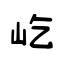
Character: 屹